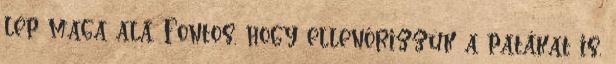
lép maga alá. Fontos, hogy ellenőrizzük a patákat is,